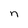
Character: n